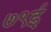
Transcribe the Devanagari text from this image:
७९ई